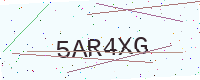
Text: 5AR4XG